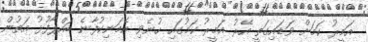
އަމީރު ކަމަށް ވަޑައިގަތީ އޭރު އަމީރު ކަމުގައި ހުނެވި އެމަނިކުފާނެ ބައްޕާފުޅު އަތުން